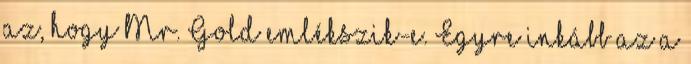
az, hogy Mr. Gold emlékszik-e. Egyre inkább az a